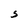
Character: S